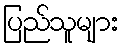
ပြည်သူများ